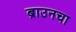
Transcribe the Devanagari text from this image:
ब्राउनचा